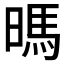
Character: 𰖛